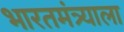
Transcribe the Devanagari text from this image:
भारतमंत्र्याला